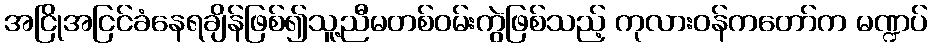
အငြိုအငြင်ခံနေရချိန်ဖြစ်၍သူ့ညီမတစ်ဝမ်းကွဲဖြစ်သည့် ကုလားဝန်ကတော်က မဏ္ဍပ်